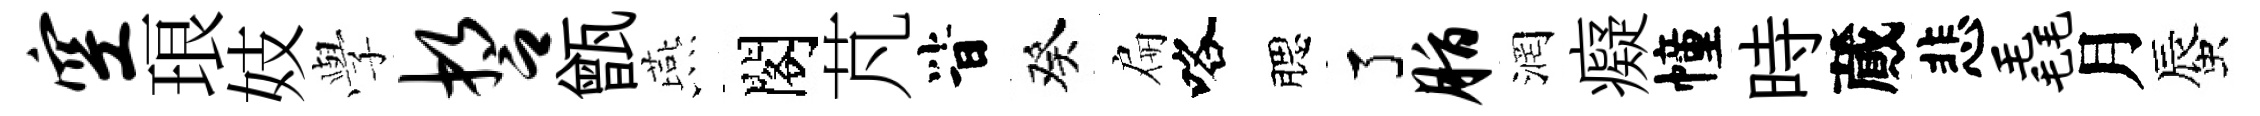
空琅妓𫝯誓甑燕閣芃𣅜癸扁咯腮了脂润癡幢時蕆悲毳月蜃